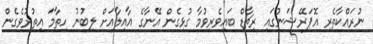
ނުރައްކާތެރި އޮޕަރޭޝަނުގައި ރިޗާޑް ބައިވެރިވުމާ ގުޅިގެން އޭނާގެ އާއިލާއަށް ލިބުނު ހިތާމަ އިތުރުވެގެން